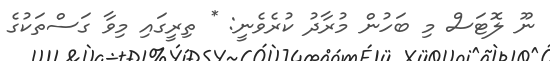
ނޫ ލޮޓަސް މި ބަހުން މުރާދު ކުރެވެނީ: * ތިރީގައި މިވާ ގަސްތަކުގެ